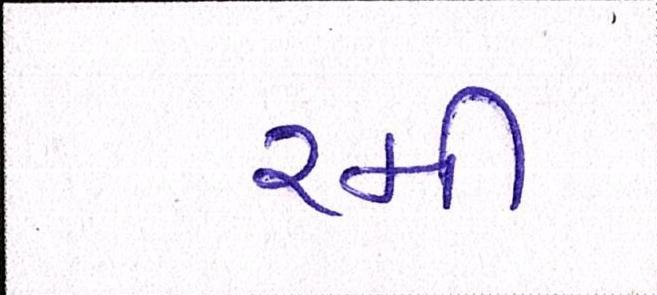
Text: રમી